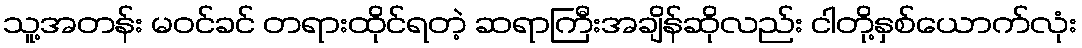
သူ့အတန်း မဝင်ခင် တရားထိုင်ရတဲ့ ဆရာကြီးအချိန်ဆိုလည်း ငါတို့နှစ်ယောက်လုံး